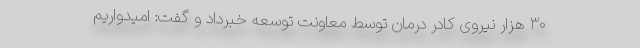
۳۰ هزار نیروی کادر درمان توسط معاونت توسعه خبرداد و گفت: امیدواریم